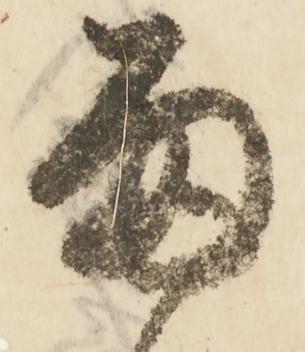
雨